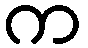
က